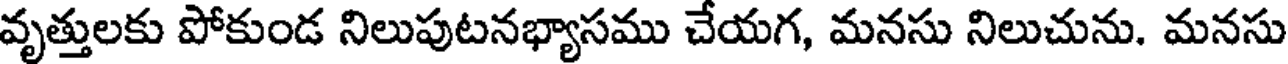
వృత్తులకు పోకుండ నిలుపుటనభ్యాసము చేయగ, మనసు నిలుచును. మనసు